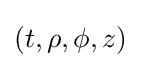
(t,\rho ,\phi ,z)